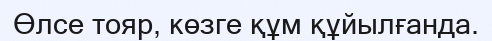
Өлсе тояр, көзге құм құйылғанда.